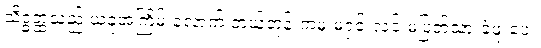
သိဒ္ဓတ္ထသည် ယခုအကြိမ် လောက် ဘယ်တုန်းကမှ မရှင်းလင်းမပြတ်သားခဲ့ဖူးပေ။